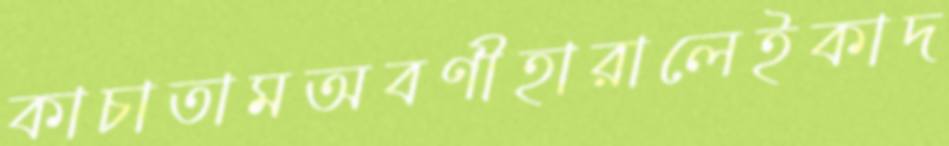
কাচাতামঅবণীহারালেইকাদ